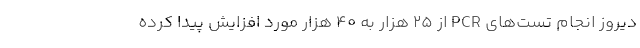
دیروز انجام تست‌های PCR از ۲۵ هزار به ۴۰ هزار مورد افزایش پیدا کرده